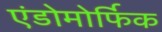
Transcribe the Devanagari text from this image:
एंडोमोर्फिक